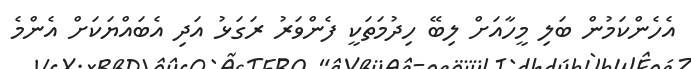
އެހެންކަމުން ބަލި މީހާއަށް ލިބޭ ހިދުމަތަކީ ފެންވަރު ރަގަޅު އަދި އެބައްޔަކަށް އެންމެ